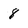
Character: 8